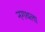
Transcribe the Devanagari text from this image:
नगथला